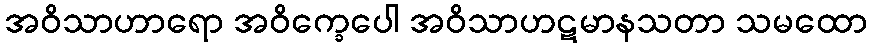
အဝိသာဟာရော အဝိက္ခေပေါ အဝိသာဟဋမာနသတာ သမထော